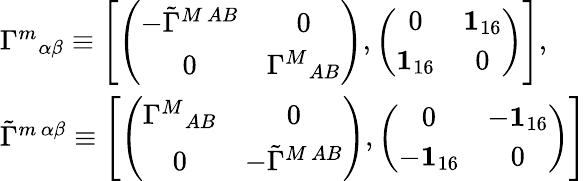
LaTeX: \begin{array}{l}{{{\Gamma^{m}}_{\alpha\beta}\equiv\left[\left(\begin{array}{cc}{{-\tilde{\Gamma}^{M\, AB}}}&{{0}}\\ {{0}}&{{{\Gamma^{M}}_{AB}}}\end{array}\right),\left(\begin{array}{cc}{{0}}&{{{\mathbf 1}_{16}}}\\ {{{\mathbf 1}_{16}}}&{{0}}\end{array}\right)\right],}}\\ {{\tilde{\Gamma}^{m\, \alpha\beta}\equiv\left[\left(\begin{array}{cc}{{{\Gamma^{M}}_{AB}}}&{{0}}\\ {{0}}&{{-\tilde{\Gamma}^{M\, AB}}}\end{array}\right),\left(\begin{array}{cc}{{0}}&{{-{\mathbf 1}_{16}}}\\ {{-{\mathbf 1}_{16}}}&{{0}}\end{array}\right)\right]}}\end{array}